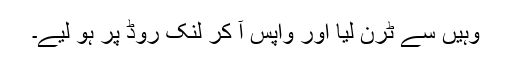
وہیں سے ٹرن لیا اور واپس آ کر لنک روڈ پر ہو لیے۔